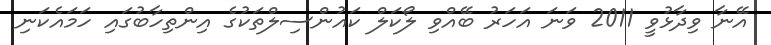
އޭނާ ވިދާޅުވީ 2011 ވަނަ އަހަރު ބޭއްވި ލޯކަލް ކައުންސިލްތަކުގެ އިންތިހާބުގައި ހަމައެކަނި